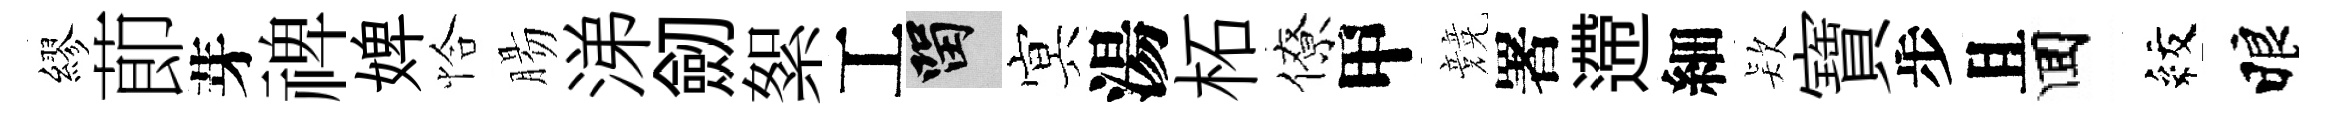
繆莭芽禆婢恰腸涕劒絮工留㝠湯柘僚甲競署遰細𣣇寶步且囬紋睱